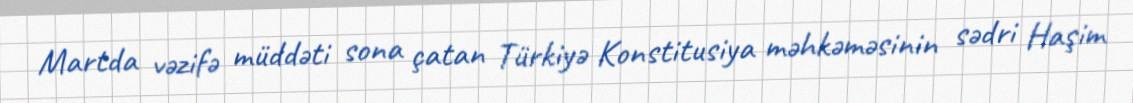
Martda vəzifə müddəti sona çatan Türkiyə Konstitusiya məhkəməsinin sədri Haşim